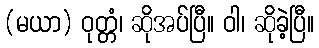
(မယာ) ဝုတ္တံ၊ ဆိုအပ်ပြီ။ ဝါ၊ ဆိုခဲ့ပြီ။